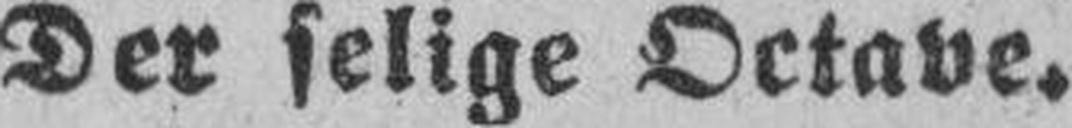
Der selige Octave.